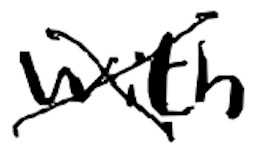
Text: with
Cross-out: cross
Writing tool: digital_black